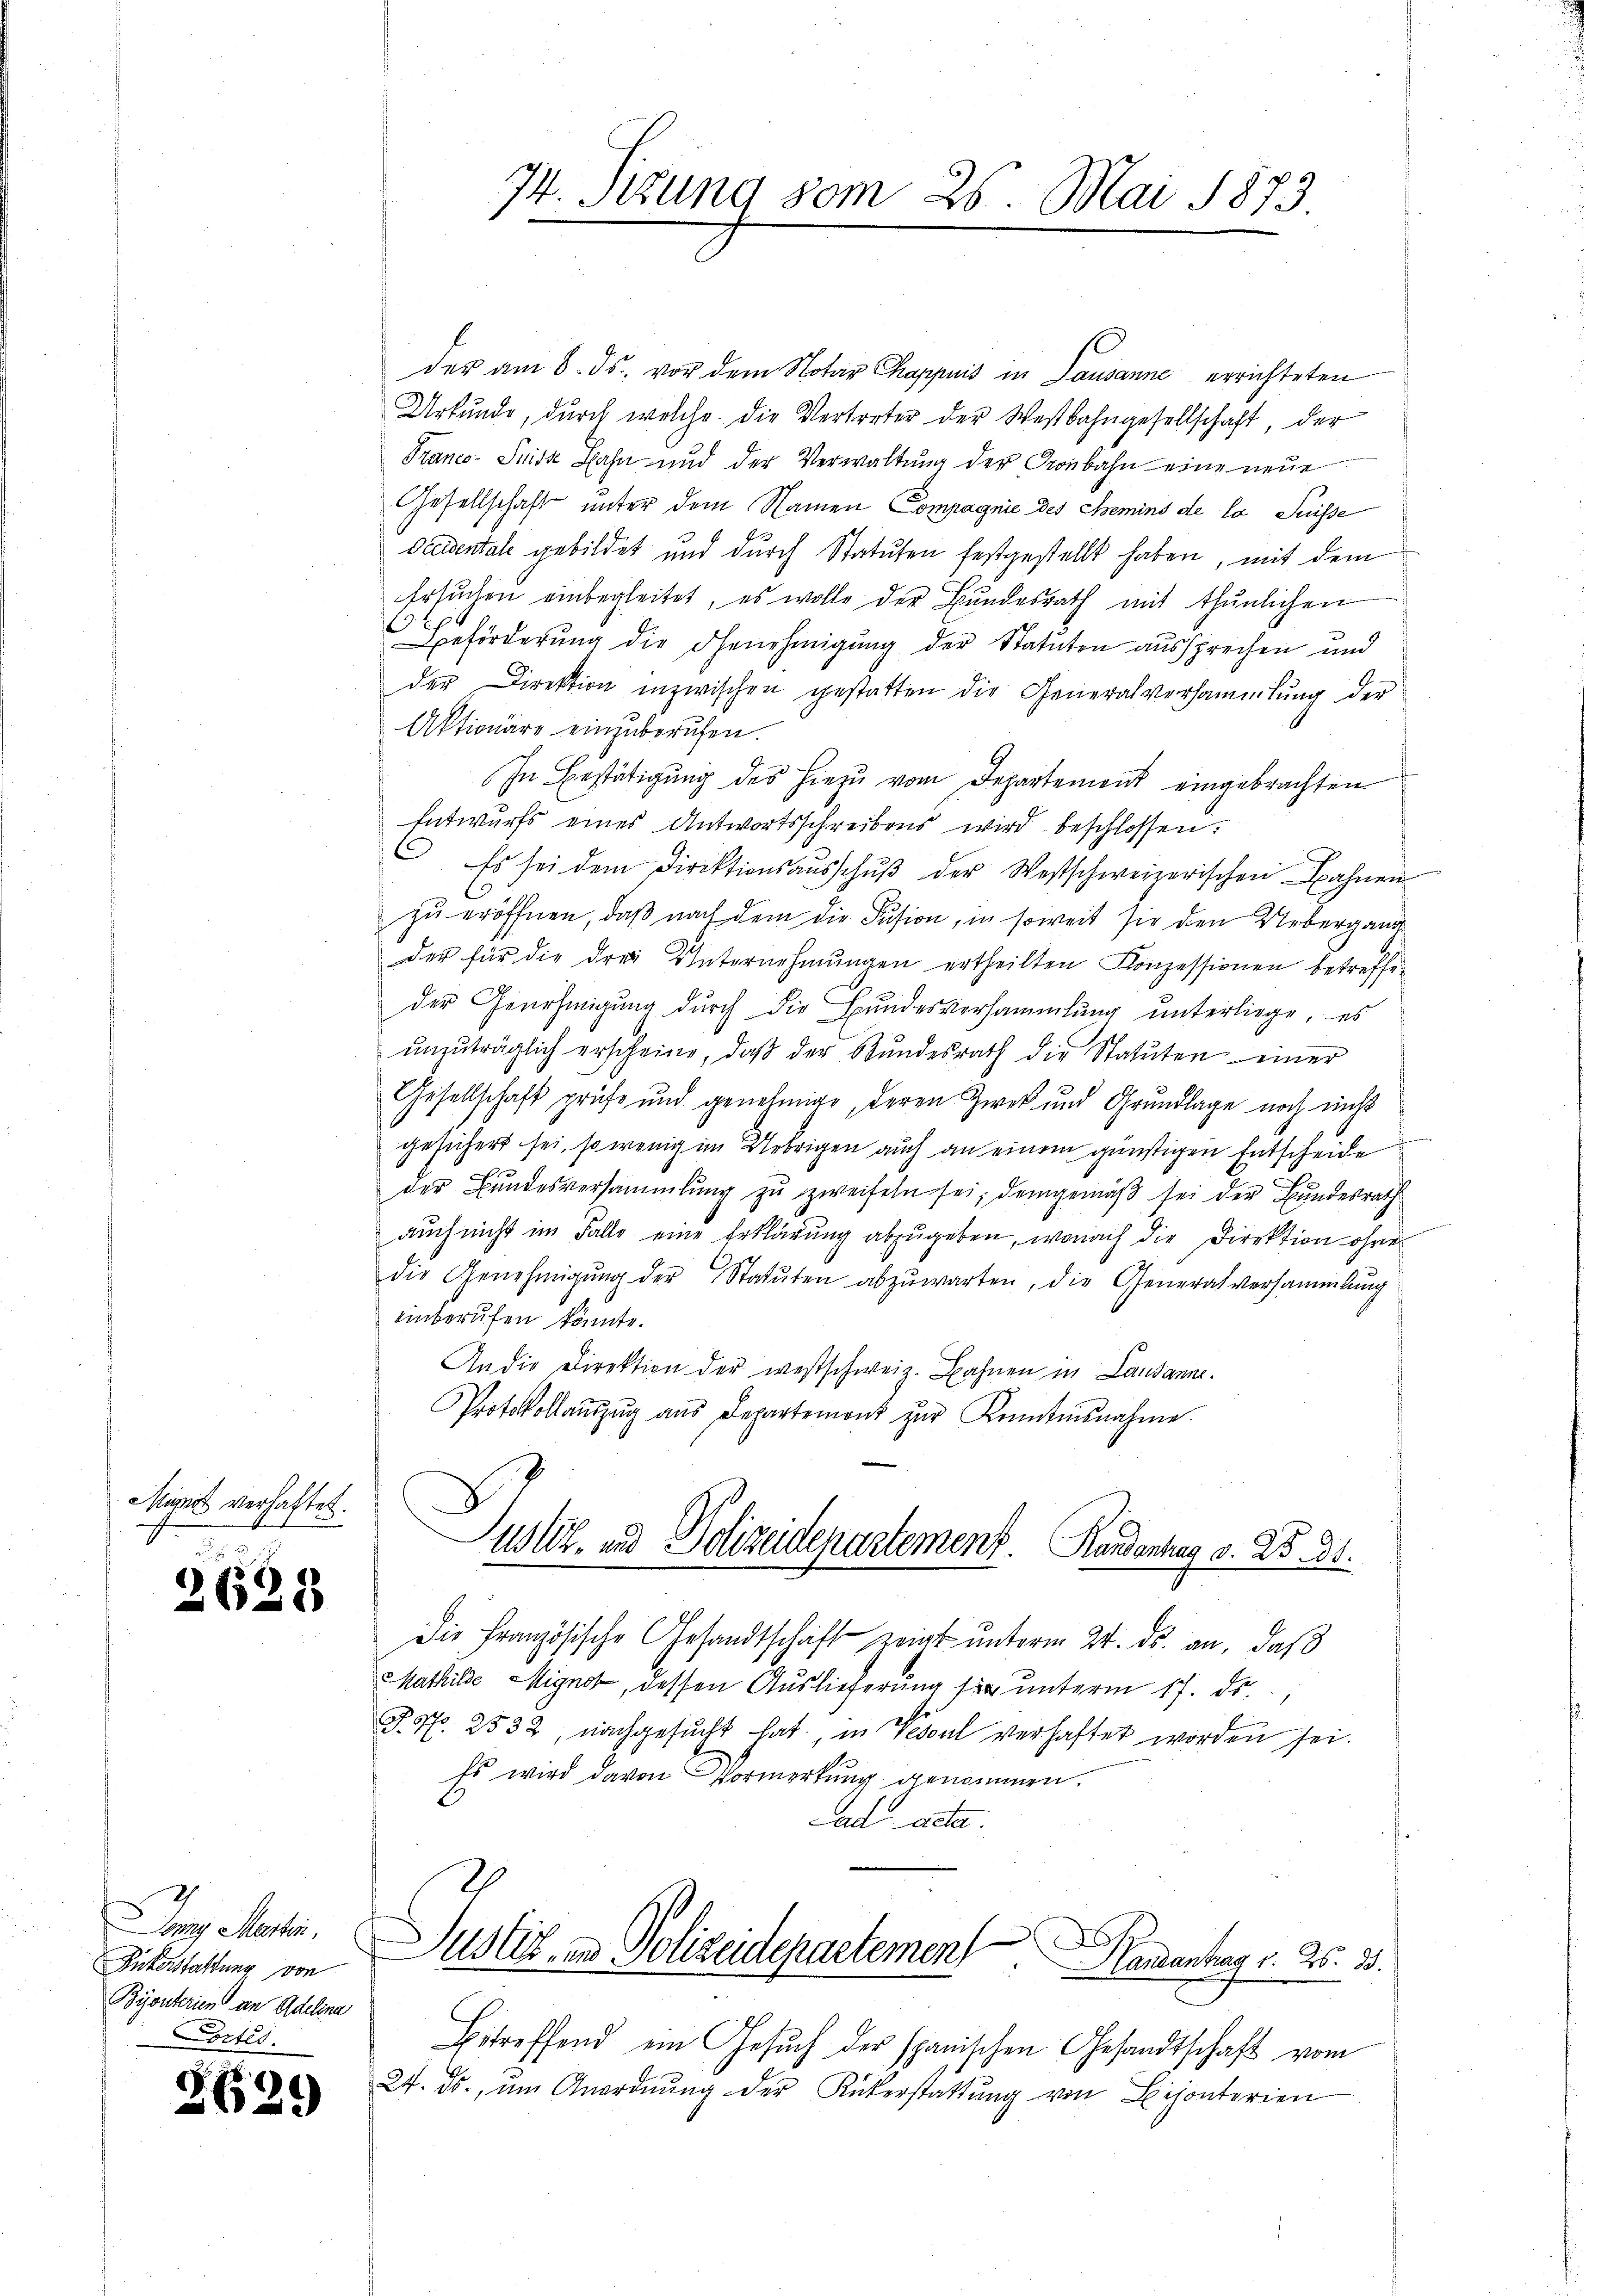
Mignat verhaftet.

u
2628

der am 8. ds. vor dem Notar Chappuis in Lausanne errichteten
Urkunde, durch welche die Vertreter der Westbahngesellschaft, der
Franco-Suide Fahn und der Verwaltung der Gronbahn eine neue
Gesellschaft unter dem Namen Compagnie des Chemins de la Suisse
Diementale gebildet und durch Statuten festgestellt haben, mit dem
Ersuchen einbegleitet, es wolle der Bundesrath mit thunlichen
1
.
Beförderung die Genehmigung der Statuten aussprechen und
der Direktion inzwischen gestatten die Generalversammlung der
Aktionäre einzuberufen.
In Bestätigung des hiezu vom Departement eingebrachten
Entwurfs eines Antwortsschreibens wird beschlossen:
Es sei dem Direktionsaŭsschŭβ der Westschweizerischen Bahnen
zŭ eröffnen, daß nach dem die Fusion, in soweit sie den Uebergang
der für die drei Unternehmungen ertheilten Konzessionen betreffeder Genehmigŭng dŭrch die Bŭndesversammlung unterliege, es
ŭnzŭträglich erscheine, daβ der Stŭndesrath die Statuten einer
Gesellschaft prüfe und genehmige, deren Zwek und Grundlage noch nicht
gesichert sei, so wenig im Uebrigen auch an einem günstigen Entscheide
der Bundesversammlung zu zweifeln sei, demgemäß sei der Bundesrath
auch nicht im Falle eine Erklärung abzugeben, wonach die Direktion ohne
die Genehmigŭng der Statuten abzŭwarten, die Generalversammlung
einberufen könnte.
An die Direktion der westschweiz. Bahnen in Lausanne.
Protokollaŭszŭg aŭs Departemont zŭr Kenntnisnahme.
Justiz- und Polizeidepartement. Handenhag v. 25. 31.
Die Französische Gesandtschaft zeigt unterm 24. ds. an, daß
Mathilde Mignet, dessen Auslieferung sie unterm 17. ds.
J. N. 2532, nachgesŭcht hat, in Vescul verhaftet worden sei.
Es wird davon Vormerkung genommen.
ad acta.
Justiz- & Polizeidepartemen
 Handantrag v. 26. 33.
Betreffend ein Gesŭch der spanischen Gesandtschaft vom
24. ds. ŭm Anordnŭng der Rükerstattŭng von Bijonterien

In Meister.
Rükerstattung von
Byonterien an Adelina
Cortes.

2621

74. Stung vom 26. Mai 1873.
1